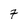
Character: 7